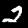
Digit: 2